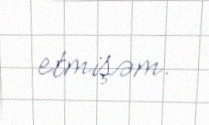
etmişəm.